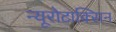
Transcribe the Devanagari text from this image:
न्यूरोटाक्सिन